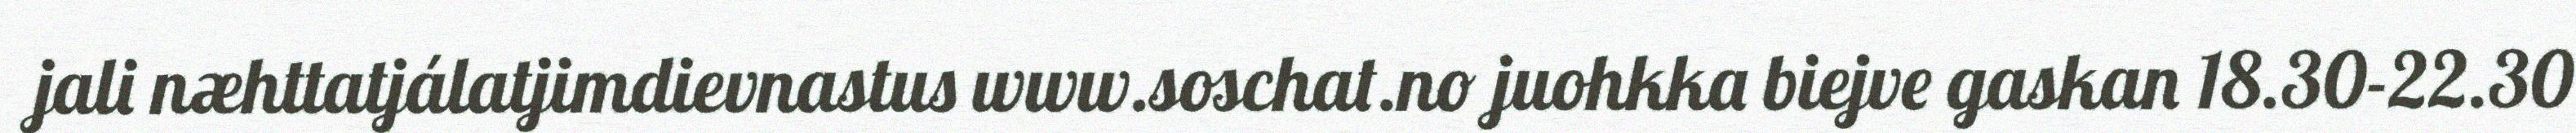
jali næhttatjálatjimdievnastus www.soschat.no juohkka biejve gaskan 18.30-22.30